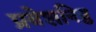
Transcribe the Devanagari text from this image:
प्रवेशनिष्ठ